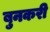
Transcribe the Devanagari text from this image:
बुनकरी